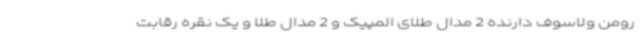
رومن ولاسوف دارنده 2 مدال طلای المپیک و 2 مدال طلا و یک نقره رقابت